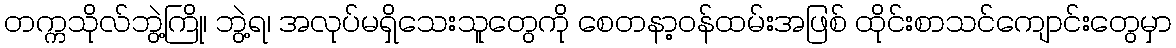
တက္ကသိုလ်ဘွဲ့ကြို၊ ဘွဲ့ရ၊ အလုပ်မရှိသေးသူတွေကို စေတနာ့ဝန်ထမ်းအဖြစ် ထိုင်းစာသင်ကျောင်းတွေမှာ